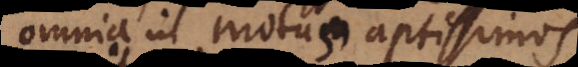
omnia in motus aptissimos